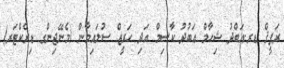
ރަފީޤް ޑރ.އަބްދު ޝިހާމް ޢަބުދު ކާސިމް އަދި ހަރީޒް ސުލައިމާން (މެނޭޖިންގ ޑިރެކްޓަރ)